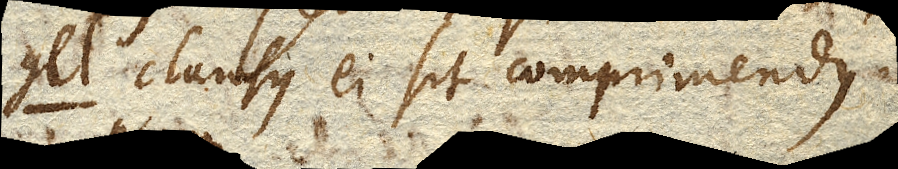
gel clausus ei sit comprimendus.